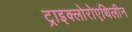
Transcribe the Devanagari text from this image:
ट्राइक्लोरोएथिलीन